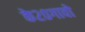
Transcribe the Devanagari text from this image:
के२०गावो